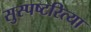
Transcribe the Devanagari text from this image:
सुस्पष्टरित्या